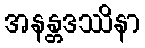
အနန္တဒဿိနာ